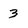
Character: 3